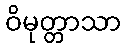
ဝိမုတ္တာသာ